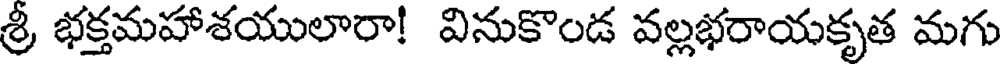
శ్రీ భక్తమహాశయులారా! వినుకొండ వల్లభరాయకృత మగు